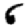
Digit: 6